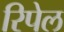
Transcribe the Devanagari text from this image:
रिपेल